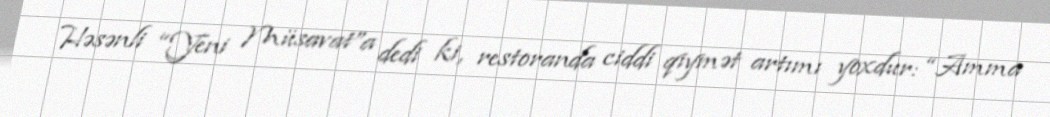
Həsənli “Yeni Müsavat”a dedi ki, restoranda ciddi qiymət artımı yoxdur: “Amma